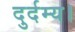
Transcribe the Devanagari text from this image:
दुर्दम्य।